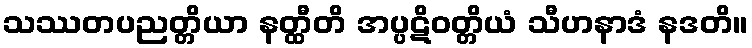
သဿတပညတ္တိယာ နတ္ထီတိ အပ္ပဋိဝတ္တိယံ သီဟနာဒံ နဒတိ။